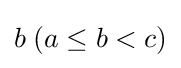
b\;(a\leq b<c)